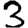
Digit: 3